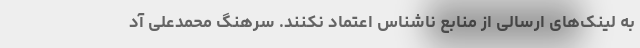
به لینک‌های ارسالی از منابع ناشناس اعتماد نکنند. سرهنگ محمدعلی آد